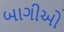
બાગીઓ